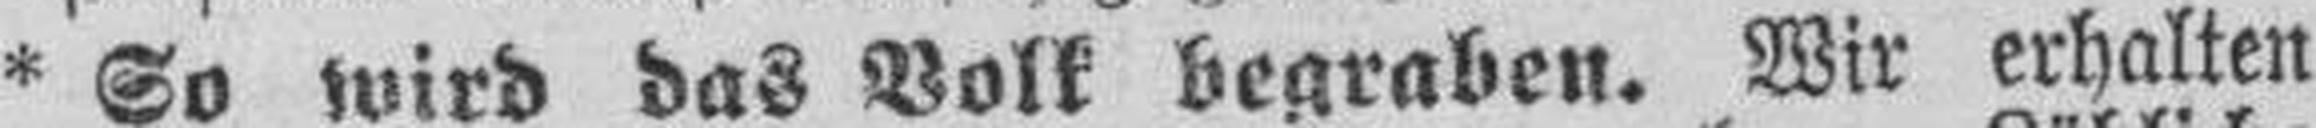
* So wird das Volk begraben. Wir erhalten